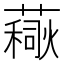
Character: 𧀚